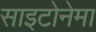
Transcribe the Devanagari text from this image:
साइटोनेमा